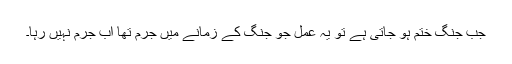
جب جنگ ختم ہو جاتی ہے تو یہ عمل جو جنگ کے زمانے میں جرم تھا اب جرم نہیں رہا۔